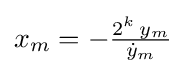
x_{m}=-{\tfrac {2^{k}\,y_{m}}{{\dot {y}}_{m}}}